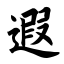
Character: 遐